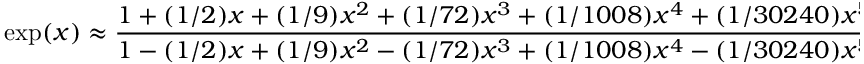
\exp ( x ) \approx { \frac { 1 + ( 1 / 2 ) x + ( 1 / 9 ) x ^ { 2 } + ( 1 / 7 2 ) x ^ { 3 } + ( 1 / 1 0 0 8 ) x ^ { 4 } + ( 1 / 3 0 2 4 0 ) x ^ { 5 } } { 1 - ( 1 / 2 ) x + ( 1 / 9 ) x ^ { 2 } - ( 1 / 7 2 ) x ^ { 3 } + ( 1 / 1 0 0 8 ) x ^ { 4 } - ( 1 / 3 0 2 4 0 ) x ^ { 5 } } }